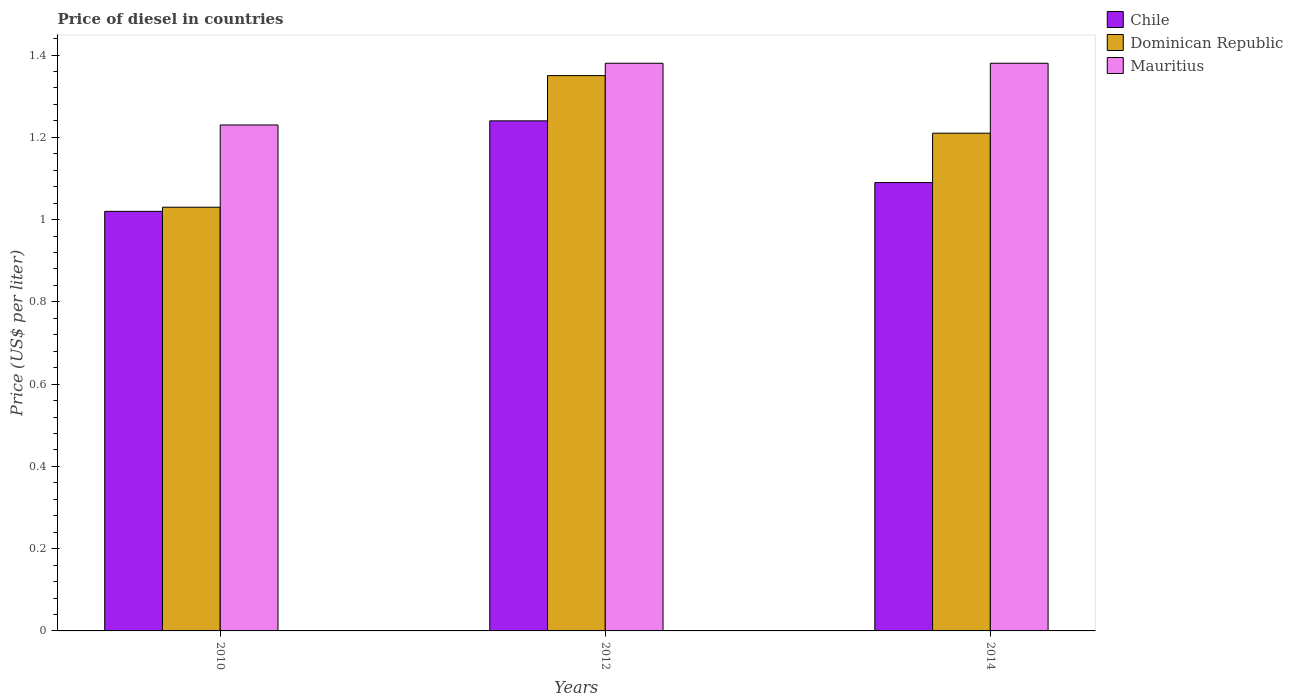
| Years | Chile | Dominican Republic | Mauritius |
 | --- | --- | --- | --- |
 | 2010 | 1.02 | 1.03 | 1.23 |
 | 2012 | 1.24 | 1.35 | 1.38 |
 | 2014 | 1.09 | 1.21 | 1.38 |